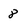
Character: 8